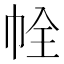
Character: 𢂘